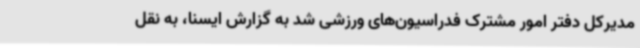
مدیرکل دفتر امور مشترک فدراسیون‌های ورزشی شد به گزارش ایسنا، به نقل